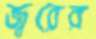
জ্বরের